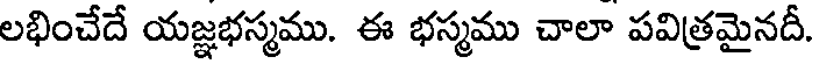
లభించేదే యజ్ఞభస్మము. ఈ భస్మము చాలా పవిత్రమైనదీ.